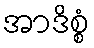
အာဒိစ္စံ